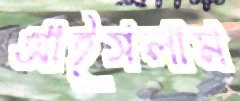
আইসলাম